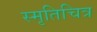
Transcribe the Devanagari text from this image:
स्मृतिचित्र